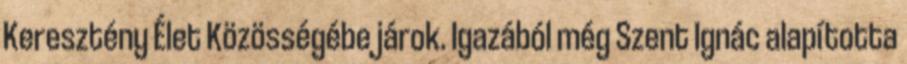
Keresztény Élet Közösségébe járok. Igazából még Szent Ignác alapította